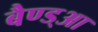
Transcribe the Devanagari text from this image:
बैण्ड्आ